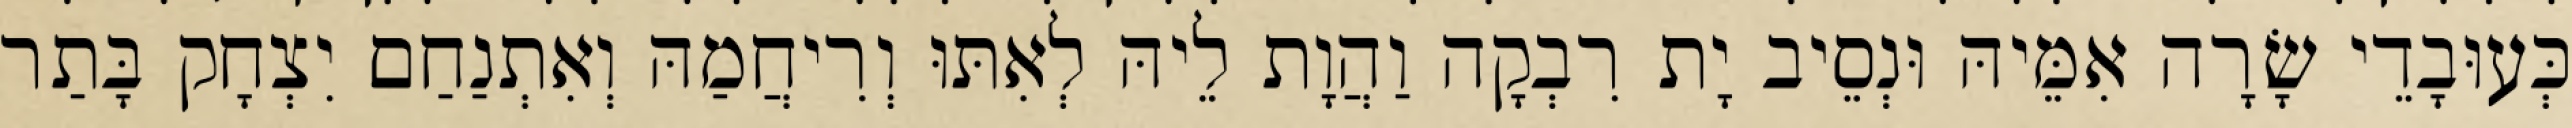
כְּעוּבָדֵי שָׂרָה אִמֵּיהּ וּנְסֵיב יָת רִבְקָה וַהֲוָת לֵיהּ לְאִתּוּ וְרִיחֲמַהּ וְאִתְנַחַם יִצְחָק בָּתַר